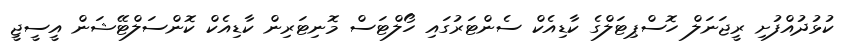
ކުޅުދުއްފުށި ރީޖަނަލް ހޮސްޕިޓަލްގެ ކާޑިއެކް ސެންޓަރުގައި ހޯލްޓަސް މޮނިޓަރިން ކާޑިއެކް ކޮންސަލްޓޭޝަން އީސީޖީ